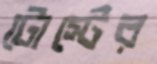
টোস্টের